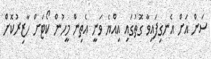
ސަން އަށް އެނގިފައިވާ ގޮތުގައި އިއްޔެ ވަނީ އެތިން މީހުން ކޯޓަށް ހާޒިރުކޮށް